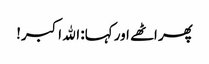
پھر اٹھے اور کہا: الله اکبر!